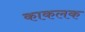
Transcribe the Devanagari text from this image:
काकलक